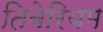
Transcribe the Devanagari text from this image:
तिबेरियम